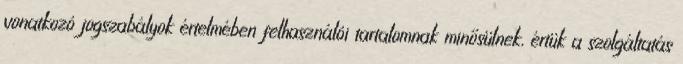
vonatkozó jogszabályok értelmében felhasználói tartalomnak minősülnek, értük a szolgáltatás